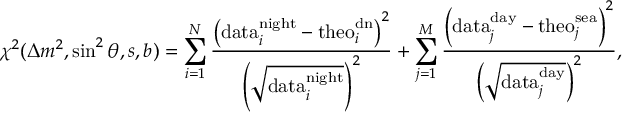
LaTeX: \chi ^ { 2 } ( \Delta m ^ { 2 } , \sin ^ { 2 } \theta , s , b ) = \sum _ { i = 1 } ^ { N } \frac { \left( \mathrm { d a t a } _ { i } ^ { \mathrm { n i g h t } } - \mathrm { t h e o } _ { i } ^ { \mathrm { d n } } \right) ^ { 2 } } { \left( \sqrt { \mathrm { d a t a } _ { i } ^ { \mathrm { n i g h t } } } \right) ^ { 2 } } + \sum _ { j = 1 } ^ { M } \frac { \left( \mathrm { d a t a } _ { j } ^ { \mathrm { d a y } } - \mathrm { t h e o } _ { j } ^ { \mathrm { s e a } } \right) ^ { 2 } } { \left( \sqrt { \mathrm { d a t a } _ { j } ^ { \mathrm { d a y } } } \right) ^ { 2 } } ,